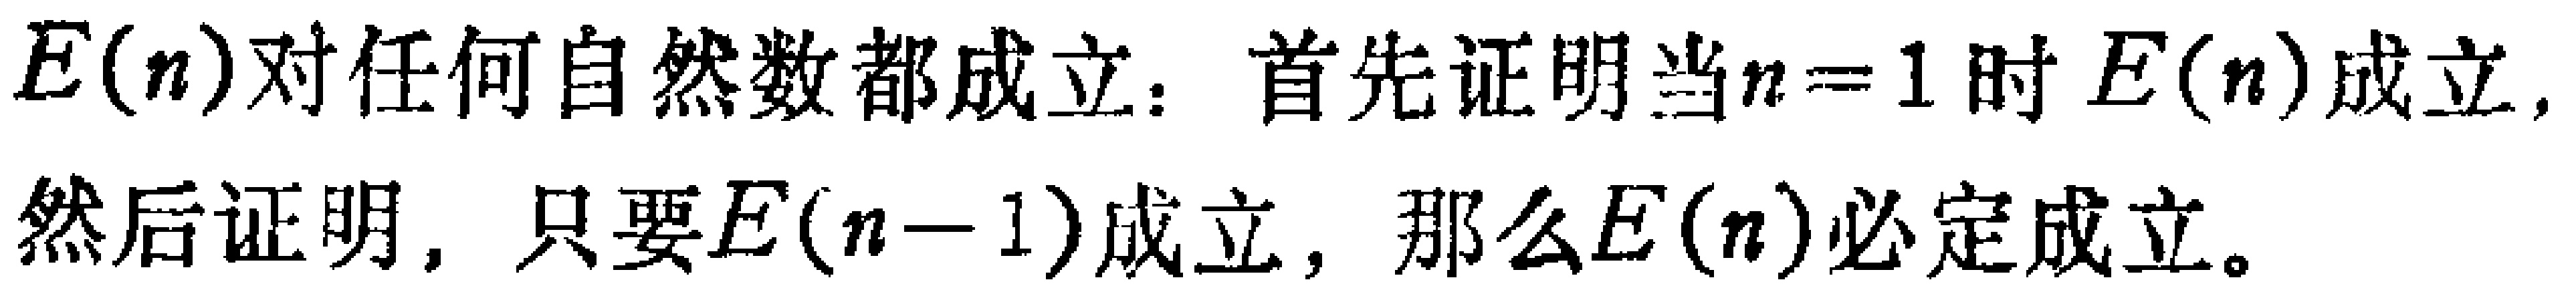
\(E(n)\)对任何自然数都成立：首先证明当\(n = 1\)时\(E(n)\)成立. 然后证明，只要\(E(n - 1)\)成立，那么\(E(n)\)必定成立。